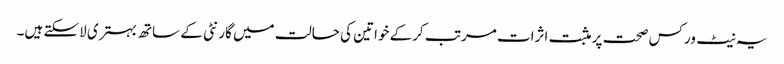
یہ نیٹ ورکس صحت پر مثبت اثرات مرتب کرکے خواتین کی حالت میں گارنٹی کے ساتھ بہتری لاسکتے ہیں۔